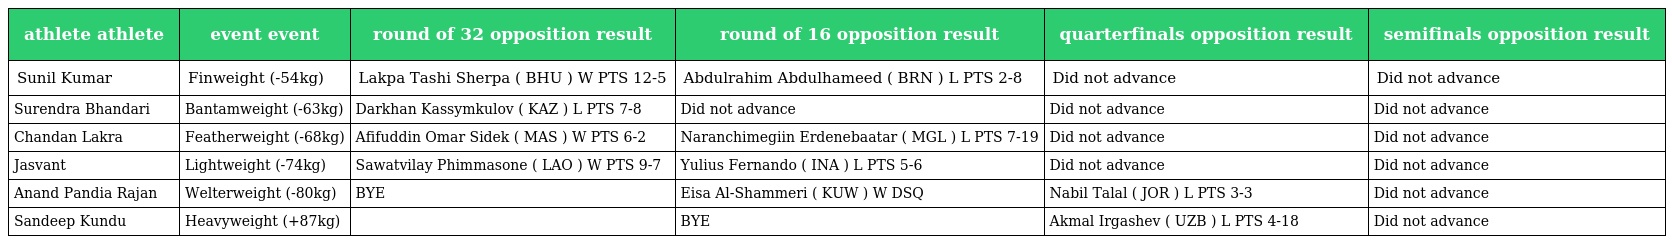
| athlete athlete | event event | round of 32 opposition result | round of 16 opposition result | quarterfinals opposition result | semifinals opposition result |
 | --- | --- | --- | --- | --- | --- |
 | Sunil Kumar | Finweight (-54kg) | Lakpa Tashi Sherpa ( BHU ) W PTS 12-5 | Abdulrahim Abdulhameed ( BRN ) L PTS 2-8 | Did not advance | Did not advance |
 | Surendra Bhandari | Bantamweight (-63kg) | Darkhan Kassymkulov ( KAZ ) L PTS 7-8 | Did not advance | Did not advance | Did not advance |
 | Chandan Lakra | Featherweight (-68kg) | Afifuddin Omar Sidek ( MAS ) W PTS 6-2 | Naranchimegiin Erdenebaatar ( MGL ) L PTS 7-19 | Did not advance | Did not advance |
 | Jasvant | Lightweight (-74kg) | Sawatvilay Phimmasone ( LAO ) W PTS 9-7 | Yulius Fernando ( INA ) L PTS 5-6 | Did not advance | Did not advance |
 | Anand Pandia Rajan | Welterweight (-80kg) | BYE | Eisa Al-Shammeri ( KUW ) W DSQ | Nabil Talal ( JOR ) L PTS 3-3 | Did not advance |
 | Sandeep Kundu | Heavyweight (+87kg) |  | BYE | Akmal Irgashev ( UZB ) L PTS 4-18 | Did not advance |